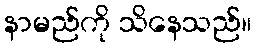
နာမည်ကို သိနေသည်။